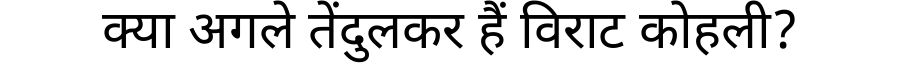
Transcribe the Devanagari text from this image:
क्या अगले तेंदुलकर हैं विराट कोहली?